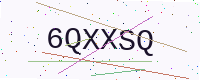
Text: 6QXXSQ